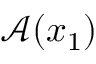
\mathcal { A } ( x _ { 1 } )